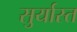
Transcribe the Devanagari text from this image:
सुर्यास्‍त